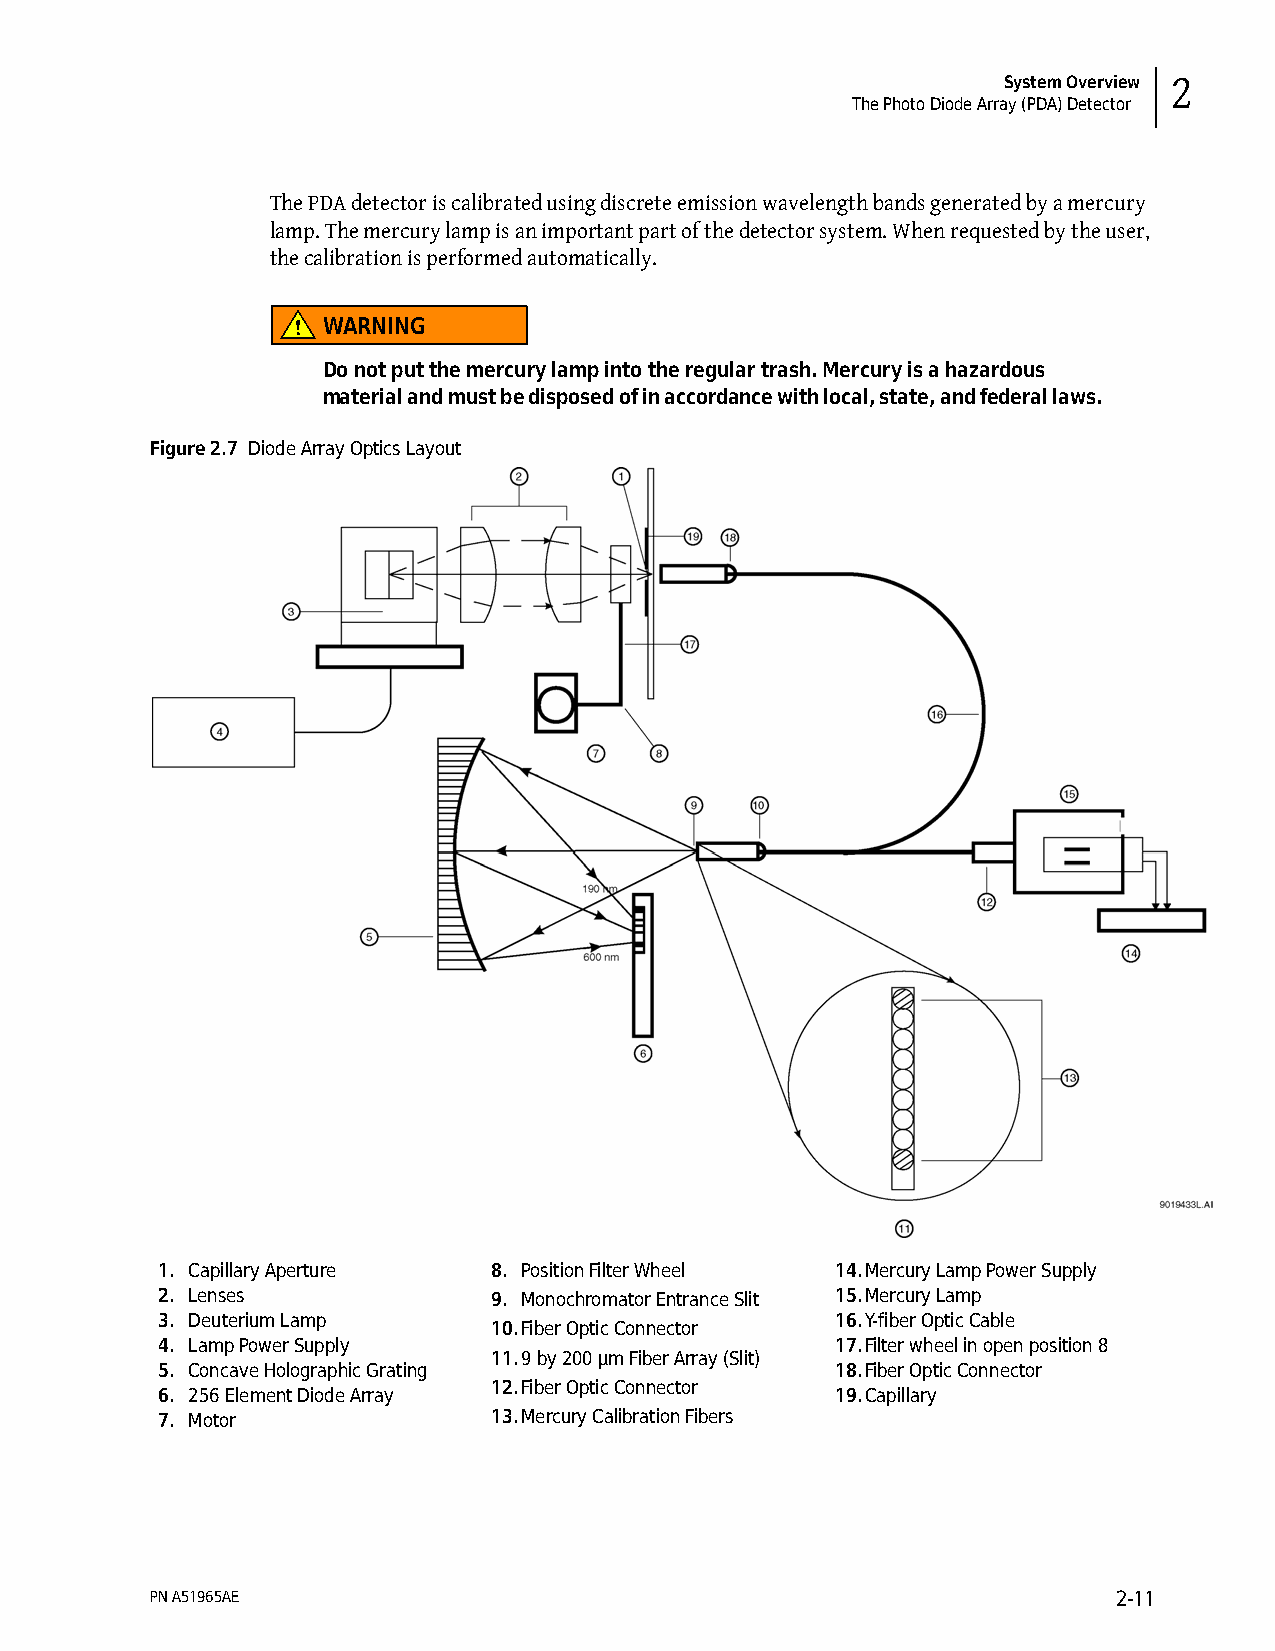
System Overview 2
 The Photo Diode Array (PDA) Detector
 The PDA detector is calibrated using discrete emission wavelength bands generated by a mercury
 lamp. The mercury lamp is an important part of the detector system. When requested by the user,
 the calibration is performed automatically.
 WARNING
 Do not put the mercury lamp into the regular trash. Mercury is a hazardous
 material and must be disposed of in accordance with local, state, and federal laws.
 Figure 2.7 Diode Array Optics Layout
 1. Capillary Aperture  8. Position Filter Wheel 14.Mercury Lamp Power Supply
 2. Lenses              9. Monochromator Entrance Slit 15.Mercury Lamp
 3. Deuterium Lamp                            16.Y-fiber Optic Cable
 10.Fiber Optic Connector
 4. Lamp Power Supply                         17.Filter wheel in open position 8
 11.9 by 200 µm Fiber Array (Slit)
 5. Concave Holographic Grating               18.Fiber Optic Connector
 12.Fiber Optic Connector
 6. 256 Element Diode Array                   19.Capillary
 7. Motor               13.Mercury Calibration Fibers
 PN A51965AE                                                     2-11